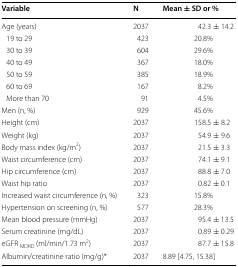
<table><thead><tr><td><b>Variable</b></td><td><b>N</b></td><td><b>Mean ± SD or %</b></td></tr></thead><tbody><tr><td>Age (years)</td><td>2037</td><td>42.3 ± 14.2</td></tr><tr><td> 19 to 29</td><td>423</td><td>20.8%</td></tr><tr><td> 30 to 39</td><td>604</td><td>29.6%</td></tr><tr><td> 40 to 49</td><td>367</td><td>18.0%</td></tr><tr><td> 50 to 59</td><td>385</td><td>18.9%</td></tr><tr><td> 60 to 69</td><td>167</td><td>8.2%</td></tr><tr><td> More than 70</td><td>91</td><td>4.5%</td></tr><tr><td>Men (n, %)</td><td>929</td><td>45.6%</td></tr><tr><td>Height (cm)</td><td>2037</td><td>158.5 ± 8.2</td></tr><tr><td>Weight (kg)</td><td>2037</td><td>54.9 ± 9.6</td></tr><tr><td>Body mass index (kg/m<sup>2</sup>)</td><td>2037</td><td>21.5 ± 3.3</td></tr><tr><td>Waist circumference (cm)</td><td>2037</td><td>74.1 ± 9.1</td></tr><tr><td>Hip circumference (cm)</td><td>2037</td><td>88.8 ± 7.0</td></tr><tr><td>Waist hip ratio</td><td>2037</td><td>0.82 ± 0.1</td></tr><tr><td>Increased waist circumference (n, %)</td><td>323</td><td>15.8%</td></tr><tr><td>Hypertension on screening (n, %)</td><td>577</td><td>28.3%</td></tr><tr><td>Mean blood pressure (mmHg)</td><td>2037</td><td>95.4 ± 13.5</td></tr><tr><td>Serum creatinine (mg/dL)</td><td>2037</td><td>0.89 ± 0.29</td></tr><tr><td>eGFR <sub>MDRD</sub> (ml/min/1.73 m<sup>2</sup>)</td><td>2037</td><td>87.7 ± 15.8</td></tr><tr><td>Albumin/creatinine ratio (mg/g)*</td><td>2037</td><td>8.89 [4.75, 15.38]</td></tr></tbody></table>